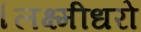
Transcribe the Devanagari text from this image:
।लक्ष्मीधरो